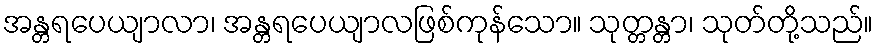
အန္တရပေယျာလာ၊ အန္တရပေယျာလဖြစ်ကုန်သော။ သုတ္တန္တာ၊ သုတ်တို့သည်။